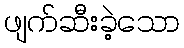
ဖျက်ဆီးခဲ့သော